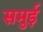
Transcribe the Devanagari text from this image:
समुई